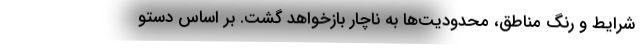
شرایط و رنگ مناطق، محدودیت‌ها به ناچار بازخواهد گشت. بر اساس دستو